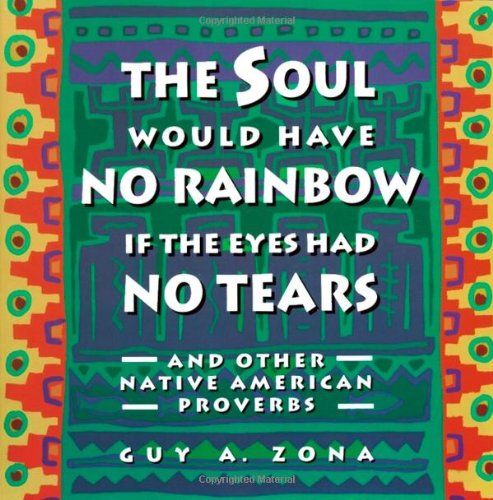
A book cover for Soul Would Have No Rainbow if the Eyes Had No Tears and Other Native American Proverbs; Guy Zona; Literature & Fiction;